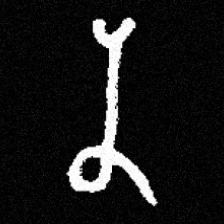
Pyu character \u2014 Myanmar letter: န (romanized: na)